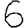
Digit: 6